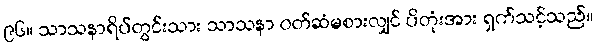
၉၆။ သာသနာရိပ်တွင်းသား သာသနာ ဝတ်ဆံမစားလျှင် ပိတုံးအား ရှက်သင့်သည်။